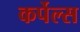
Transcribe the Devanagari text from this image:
कर्पेल्स